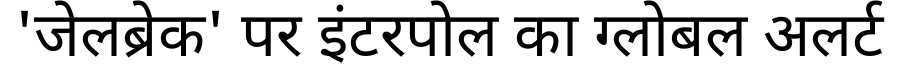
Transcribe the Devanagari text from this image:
'जेलब्रेक' पर इंटरपोल का ग्लोबल अलर्ट